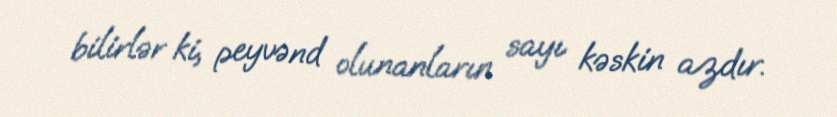
bilirlər ki, peyvənd olunanların sayı kəskin azdır.